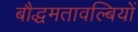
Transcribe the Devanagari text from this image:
बौद्धमतावल्बियों